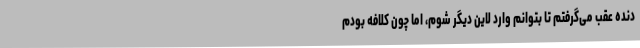
دنده عقب می‌گرفتم تا بتوانم وارد لاین دیگر شوم، اما چون کلافه بودم